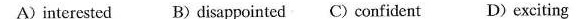
A)interested B) disappointed C) confident D)exciting